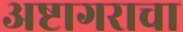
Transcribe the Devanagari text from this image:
अष्टागराचा